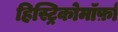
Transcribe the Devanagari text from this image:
हिस्ट्रिकोमॉर्फ़ा